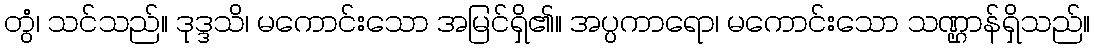
တွံ၊ သင်သည်။ ဒုဒ္ဒသိ၊ မကောင်းသော အမြင်ရှိ၏။ အပ္ပကာရော၊ မကောင်းသော သဏ္ဌာန်ရှိသည်။